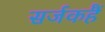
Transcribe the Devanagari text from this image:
सर्जकहैं